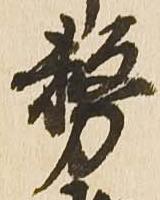
務